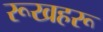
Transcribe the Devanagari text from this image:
रूखहरू